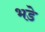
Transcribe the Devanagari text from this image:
भडे